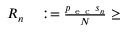
\begin{array} { r l } { R _ { n } } & { { } : = \frac { p _ { \mathrm { ~ e ~ c ~ } } s _ { n } } { N } \geq } \end{array}